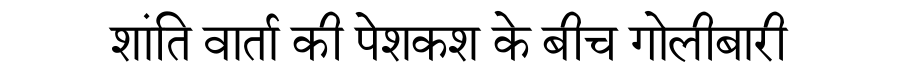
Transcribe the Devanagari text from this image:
शांति वार्ता की पेशकश के बीच गोलीबारी